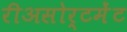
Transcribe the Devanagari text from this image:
रीअसोर्टमेंट